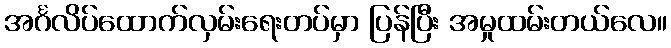
အင်္ဂလိပ်ထောက်လှမ်းရေးတပ်မှာ ပြန်ပြီး အမှုထမ်းတယ်လေ။